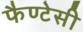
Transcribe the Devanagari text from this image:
फैण्टेसी